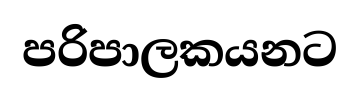
පරිපාලකයනට